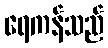
ရေကန်သည်